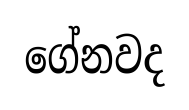
ගේනවද